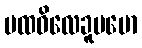
ပထဝိလေခူပမော